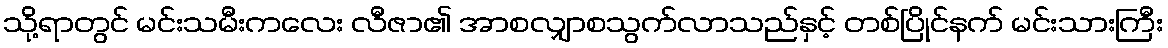
သို့ရာတွင် မင်းသမီးကလေး လီဇာ၏ အာစလျှာစသွက်လာသည်နှင့် တစ်ပြိုင်နက် မင်းသားကြီး